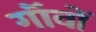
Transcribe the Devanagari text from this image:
गॉंवों